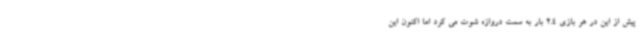
پیش از این در هر بازی 2.4 بار به سمت دروازه شوت می کرد اما اکنون این